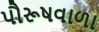
પૌરૂષવાળા